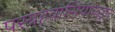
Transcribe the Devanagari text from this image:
परग्रहवासियाकडून